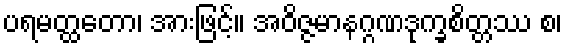
ပရမတ္ထတော၊ အားဖြင့်။ အဝိဇ္ဇမာနဂ္ဂဏဒုက္ခစိတ္တဿ စ၊